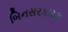
બિનસરકારક